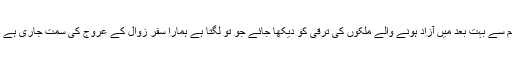
ہم سے بہت بعد میں آزاد ہونے والے ملکوں کی ترقی کو دیکھا جائے جو تو لگتا ہے ہمارا سفر زوال کے عروج کی سمت جاری ہے ۔